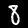
Label: 8